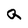
Character: Q